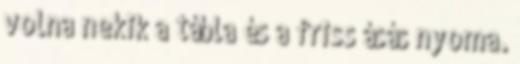
volna nekik a tábla és a friss ásás nyoma.